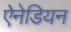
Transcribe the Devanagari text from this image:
ऐनेडियन